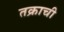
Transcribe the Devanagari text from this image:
तक्राची